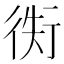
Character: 𢔖